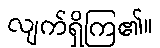
လျက်ရှိကြ၏။